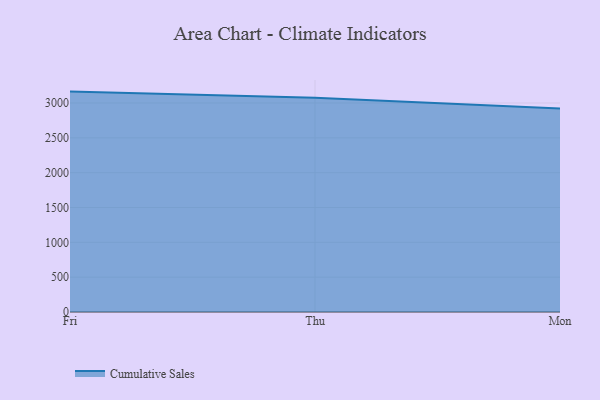
{"axis": {"x": "Day", "y": "Satisfaction Score"}, "legend": ["Cumulative Sales"], "data": [{"x": "Fri", "y": 3164.1, "type": "Cumulative Sales"}, {"x": "Thu", "y": 3076.7, "type": "Cumulative Sales"}, {"x": "Mon", "y": 2922.3, "type": "Cumulative Sales"}]}